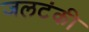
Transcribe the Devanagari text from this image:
जलटंकी